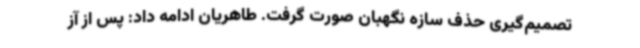
تصمیم‌گیری حذف سازه نگهبان صورت گرفت. طاهریان ادامه داد: پس از آز